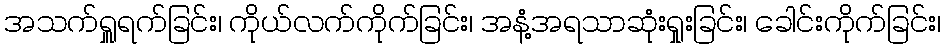
အသက်ရှူရက်ခြင်း၊ ကိုယ်လက်ကိုက်ခြင်း၊ အနံ့အရသာဆုံးရှုးခြင်း၊ ခေါင်းကိုက်ခြင်း၊